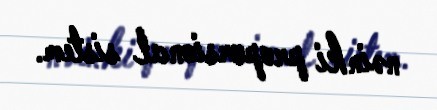
nəinki proporsional sistem.